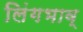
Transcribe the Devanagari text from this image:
लिंगभाव्